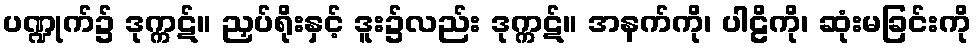
ပဏ္ဍုက်၌ ဒုက္ကဋ်။ ညှပ်ရိုးနှင့် ဒူး၌လည်း ဒုက္ကဋ်။ အနက်ကို၊ ပါဠိကို၊ ဆုံးမခြင်းကို